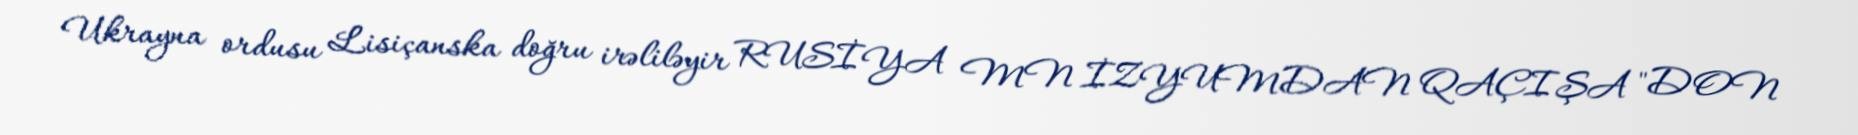
Ukrayna ordusu Lisiçanska doğru irəliləyir RUSİYA MN İZYUMDAN QAÇIŞA "DON